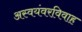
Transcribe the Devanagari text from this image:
अस्वयंवरविवाह